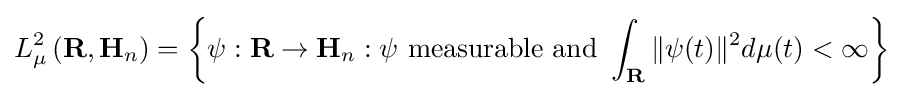
L_{\mu }^{2}\left(\mathbf {R} ,\mathbf {H} _{n}\right)=\left\{\psi :\mathbf {R} \to \mathbf {H} _{n}:\psi {\text{ measurable and }}\int _{\mathbf {R} }\|\psi (t)\|^{2}d\mu (t)<\infty \right\}